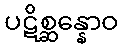
ပဋိစ္ဆန္နောဝ